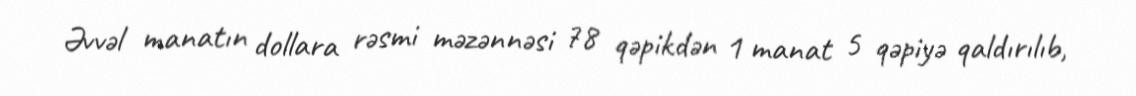
Əvvəl manatın dollara rəsmi məzənnəsi 78 qəpikdən 1 manat 5 qəpiyə qaldırılıb,